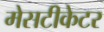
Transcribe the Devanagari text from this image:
मेसटीकेटर